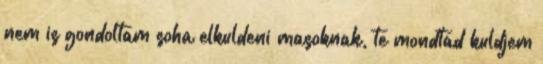
nem is gondoltam soha elkuldeni masoknak, te mondtad kuldjem